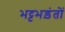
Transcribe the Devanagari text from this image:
भट्टभड़ंतों